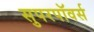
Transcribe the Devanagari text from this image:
सुपरपॉवर्स